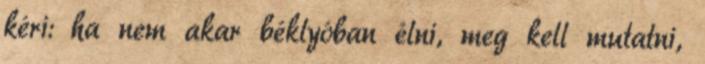
kéri: ha nem akar béklyóban élni, meg kell mutatni,